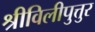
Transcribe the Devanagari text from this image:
श्रीविलीपुत्तुर